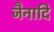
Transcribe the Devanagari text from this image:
जैनादि